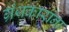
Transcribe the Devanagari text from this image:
ग्रंथकारांना